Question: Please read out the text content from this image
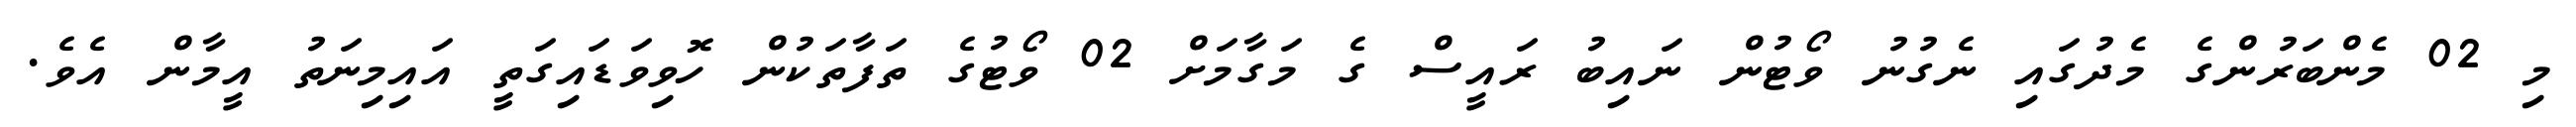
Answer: މި 02 މެންބަރުންގެ މެދުގައި ނެގުނު ވޯޓުން ނައިބު ރައީސް ގެ މަގާމަށް 02 ވޯޓުގެ ތަފާތަކުން ހޮވިވަޑައިގަތީ އައިމިނަތު އީމާން އެވެ.